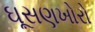
ઘૂસણખોરો